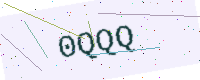
Text: 0QQQ